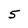
Character: 5